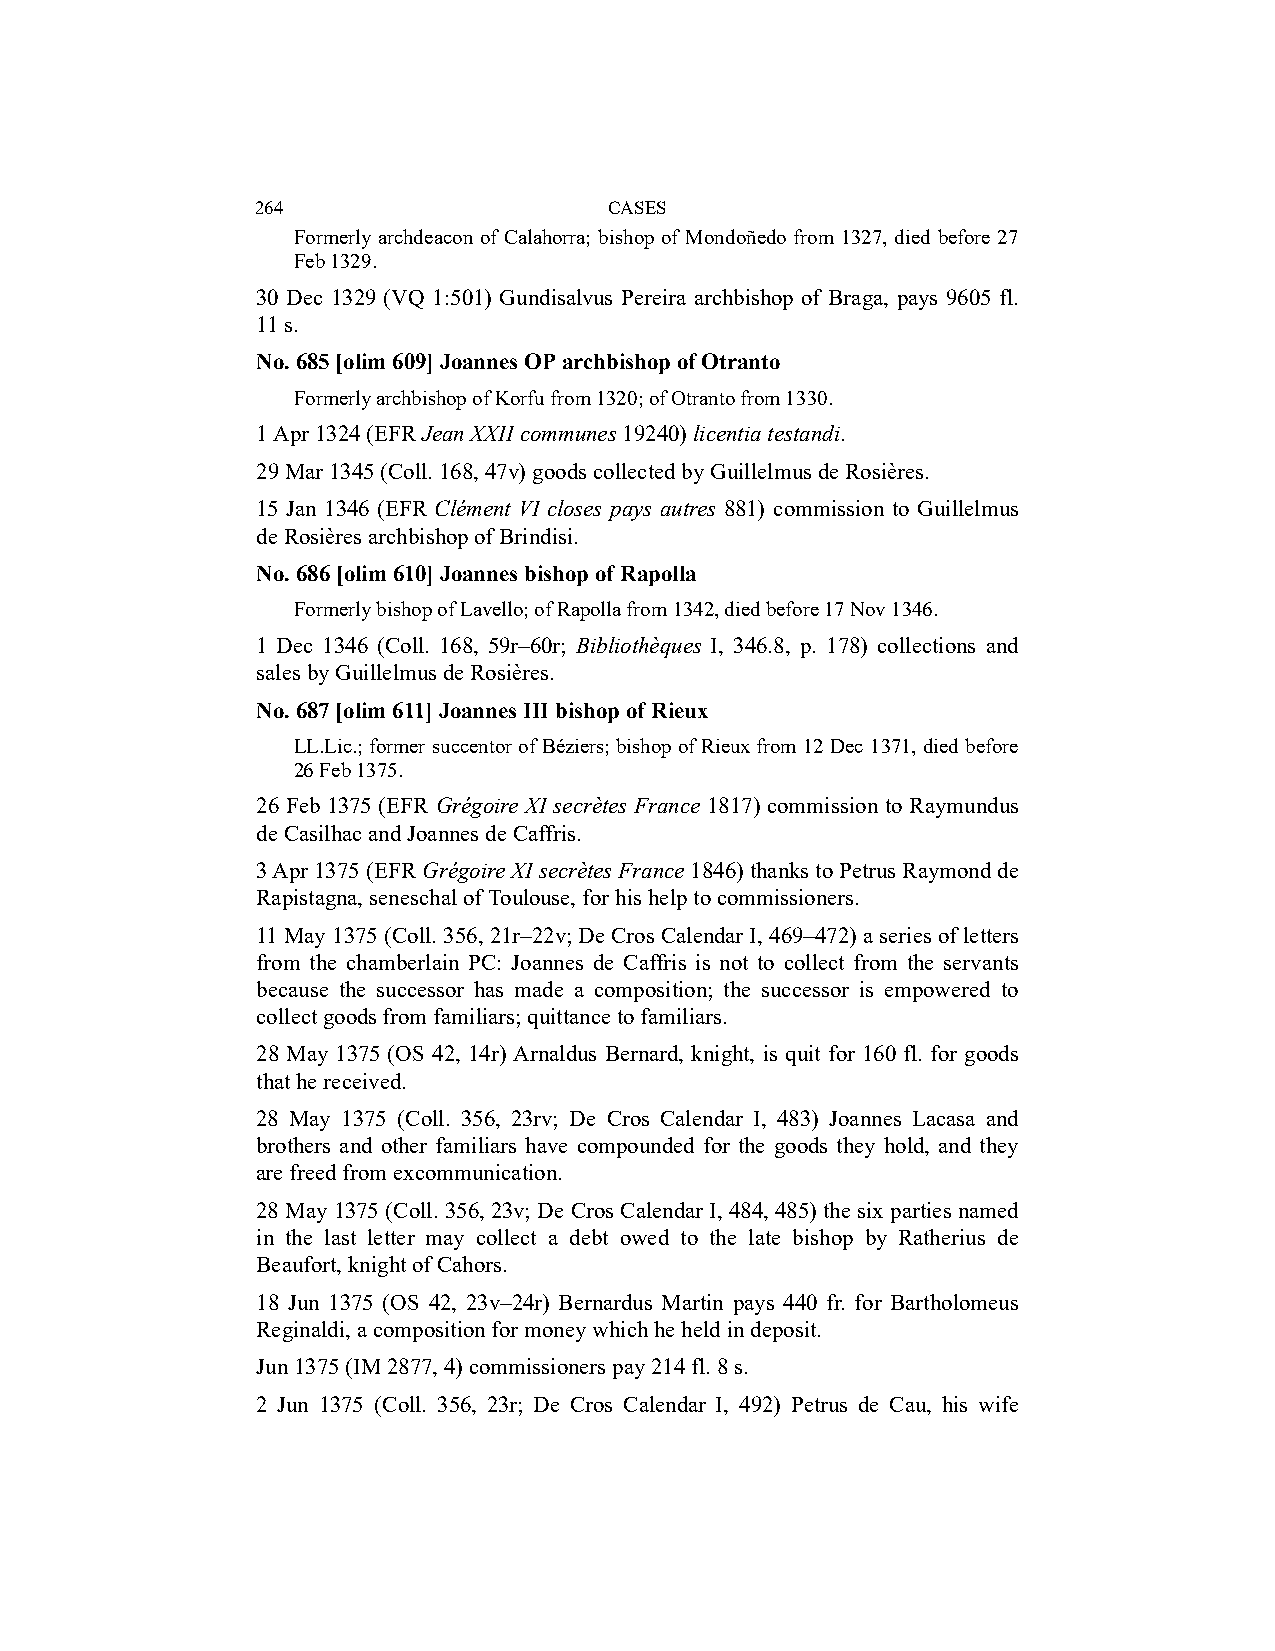
264                    CASES
 Formerly archdeacon of Calahorra; bishop of Mondoñedo from 1327, died before 27
 Feb 1329.
 30 Dec 1329 (VQ 1:501) Gundisalvus Pereira archbishop of Braga, pays 9605 fl.
 11 s.
 No. 685 [olim 609] Joannes OP archbishop of Otranto
 Formerly archbishop of Korfu from 1320; of Otranto from 1330.
 1 Apr 1324 (EFR Jean XXII communes 19240) licentia testandi.
 29 Mar 1345 (Coll. 168, 47v) goods collected by Guillelmus de Rosières.
 15 Jan 1346 (EFR Clément VI closes pays autres 881) commission to Guillelmus
 de Rosières archbishop of Brindisi.
 No. 686 [olim 610] Joannes bishop of Rapolla
 Formerly bishop of Lavello; of Rapolla from 1342, died before 17 Nov 1346.
 1 Dec 1346 (Coll. 168, 59r–60r; Bibliothèques I, 346.8, p. 178) collections and
 sales by Guillelmus de Rosières.
 No. 687 [olim 611] Joannes III bishop of Rieux
 LL.Lic.; former succentor of Béziers; bishop of Rieux from 12 Dec 1371, died before
 26 Feb 1375.
 26 Feb 1375 (EFR Grégoire XI secrètes France 1817) commission to Raymundus
 de Casilhac and Joannes de Caffris.
 3 Apr 1375 (EFR Grégoire XI secrètes France 1846) thanks to Petrus Raymond de
 Rapistagna, seneschal of Toulouse, for his help to commissioners.
 11 May 1375 (Coll. 356, 21r–22v; De Cros Calendar I, 469–472) a series of letters
 from the chamberlain PC: Joannes de Caffris is not to collect from the servants
 because the successor has made a composition; the successor is empowered to
 collect goods from familiars; quittance to familiars.
 28 May 1375 (OS 42, 14r) Arnaldus Bernard, knight, is quit for 160 fl. for goods
 that he received.
 28 May 1375 (Coll. 356, 23rv; De Cros Calendar I, 483) Joannes Lacasa and
 brothers and other familiars have compounded for the goods they hold, and they
 are freed from excommunication.
 28 May 1375 (Coll. 356, 23v; De Cros Calendar I, 484, 485) the six parties named
 in the last letter may collect a debt owed to the late bishop by Ratherius de
 Beaufort, knight of Cahors.
 18 Jun 1375 (OS 42, 23v–24r) Bernardus Martin pays 440 fr. for Bartholomeus
 Reginaldi, a composition for money which he held in deposit.
 Jun 1375 (IM 2877, 4) commissioners pay 214 fl. 8 s.
 2 Jun 1375 (Coll. 356, 23r; De Cros Calendar I, 492) Petrus de Cau, his wife